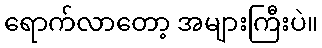
ရောက်လာတော့ အများကြီးပဲ။